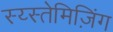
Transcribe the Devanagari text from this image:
स्य्स्तेमिज़िंग